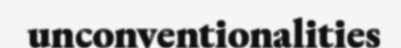
unconventionalities